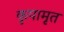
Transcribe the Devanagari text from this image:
कृपामृत